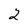
Character: 2